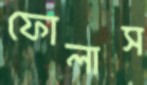
ফোলাস